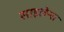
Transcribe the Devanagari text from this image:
साइलेन्स